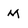
Character: M